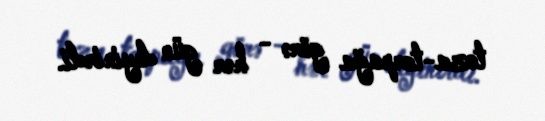
toza-torpağa görə - hər gün deyinirdi.